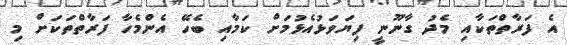
އެ ފަރާތްތަކާއި މެދު ގާނޫނީ ފިޔަވަޅުއެޅުމަށް ކަމާއި ބެހޭ އެންމެހާ ފަރާތްތަކަށް މި